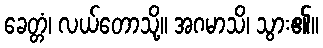
ခေတ္တံ၊ လယ်တောသို့။ အဂမာသိ၊ သွား၏။